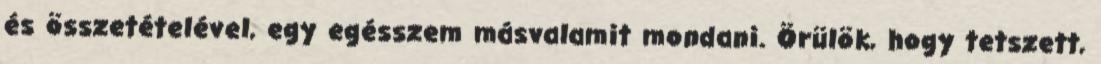
és összetételével, egy egésszem másvalamit mondani. Örülök, hogy tetszett,